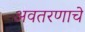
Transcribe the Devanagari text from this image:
अवतरणाचे